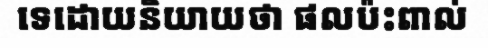
ទេដោយនិយាយថា ផលប៉ះពាល់